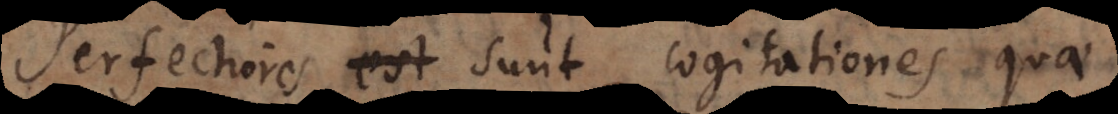
Perfectiores sunt cogitationes quae